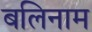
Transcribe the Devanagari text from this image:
बलिनाम